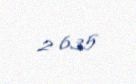
2 635